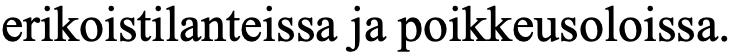
erikoistilanteissa ja poikkeusoloissa.